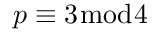
p \equiv 3 { \bmod { 4 } }